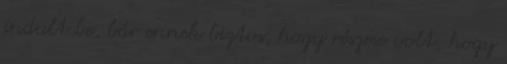
indult be, bár ennek biztos, hogy részese volt, hogy